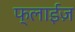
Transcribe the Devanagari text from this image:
फ्लाईज़